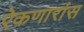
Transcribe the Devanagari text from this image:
ऐकणारांस